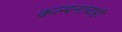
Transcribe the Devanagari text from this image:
कल्पनांचाही